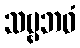
သဗ္ဗဘဝံ